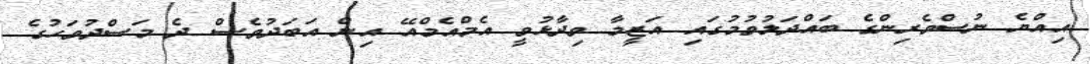
އިއްޔެ ނުސްވެރިންގެ ބައްދަލުވުމުގައި އަޒީމާ ވިދާޅުވީ އެމްއެމްއޭ އިން އަބަދުވެސް ދެ މަސްދުވަހުގެ